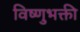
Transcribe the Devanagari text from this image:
विष्णुभक्ती